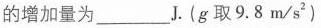
的增加量为___J.(g取9.8m/s2(2)